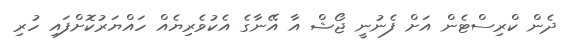
ދެން ކްރިސްޓެން އަށް ފެނުނީ ޖޯޝް އާ އޭނާގެ އެކުވެރިޔެއް ހައްޔަރުކޮށްފައި ހުރި